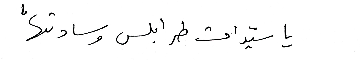
يا سيدات طرابلس وسادتها